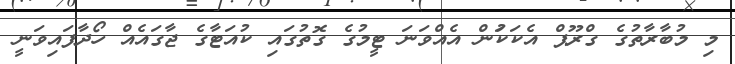
މި މުބާރާތުގެ ގްރޫޕް އެކަކަުން އެއްވަނަ ޓީމުގެ ގޮތުގައި ކުއަޓާގެ ޖާގައެއް ހޯދާާފައިވަނީ